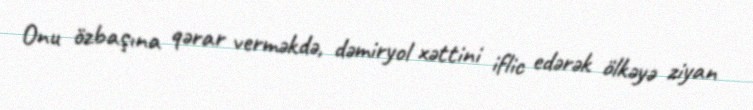
Onu özbaşına qərar verməkdə, dəmiryol xəttini iflic edərək ölkəyə ziyan